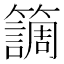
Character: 𥶏